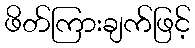
ဖိတ်ကြားချက်ဖြင့်